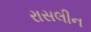
રાસલીન